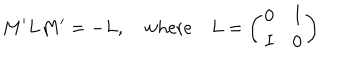
LaTeX: M ^ { \prime } L M ^ { \prime } = - L , \quad \mathrm { w h e r e } \quad L = \left( \begin{array} { c c } { { 0 } } & { { I } } \\ { { I } } & { { 0 } } \\ \end{array} \right)